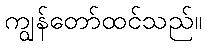
ကျွန်တော်ထင်သည်။